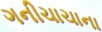
ગનીચાચાના